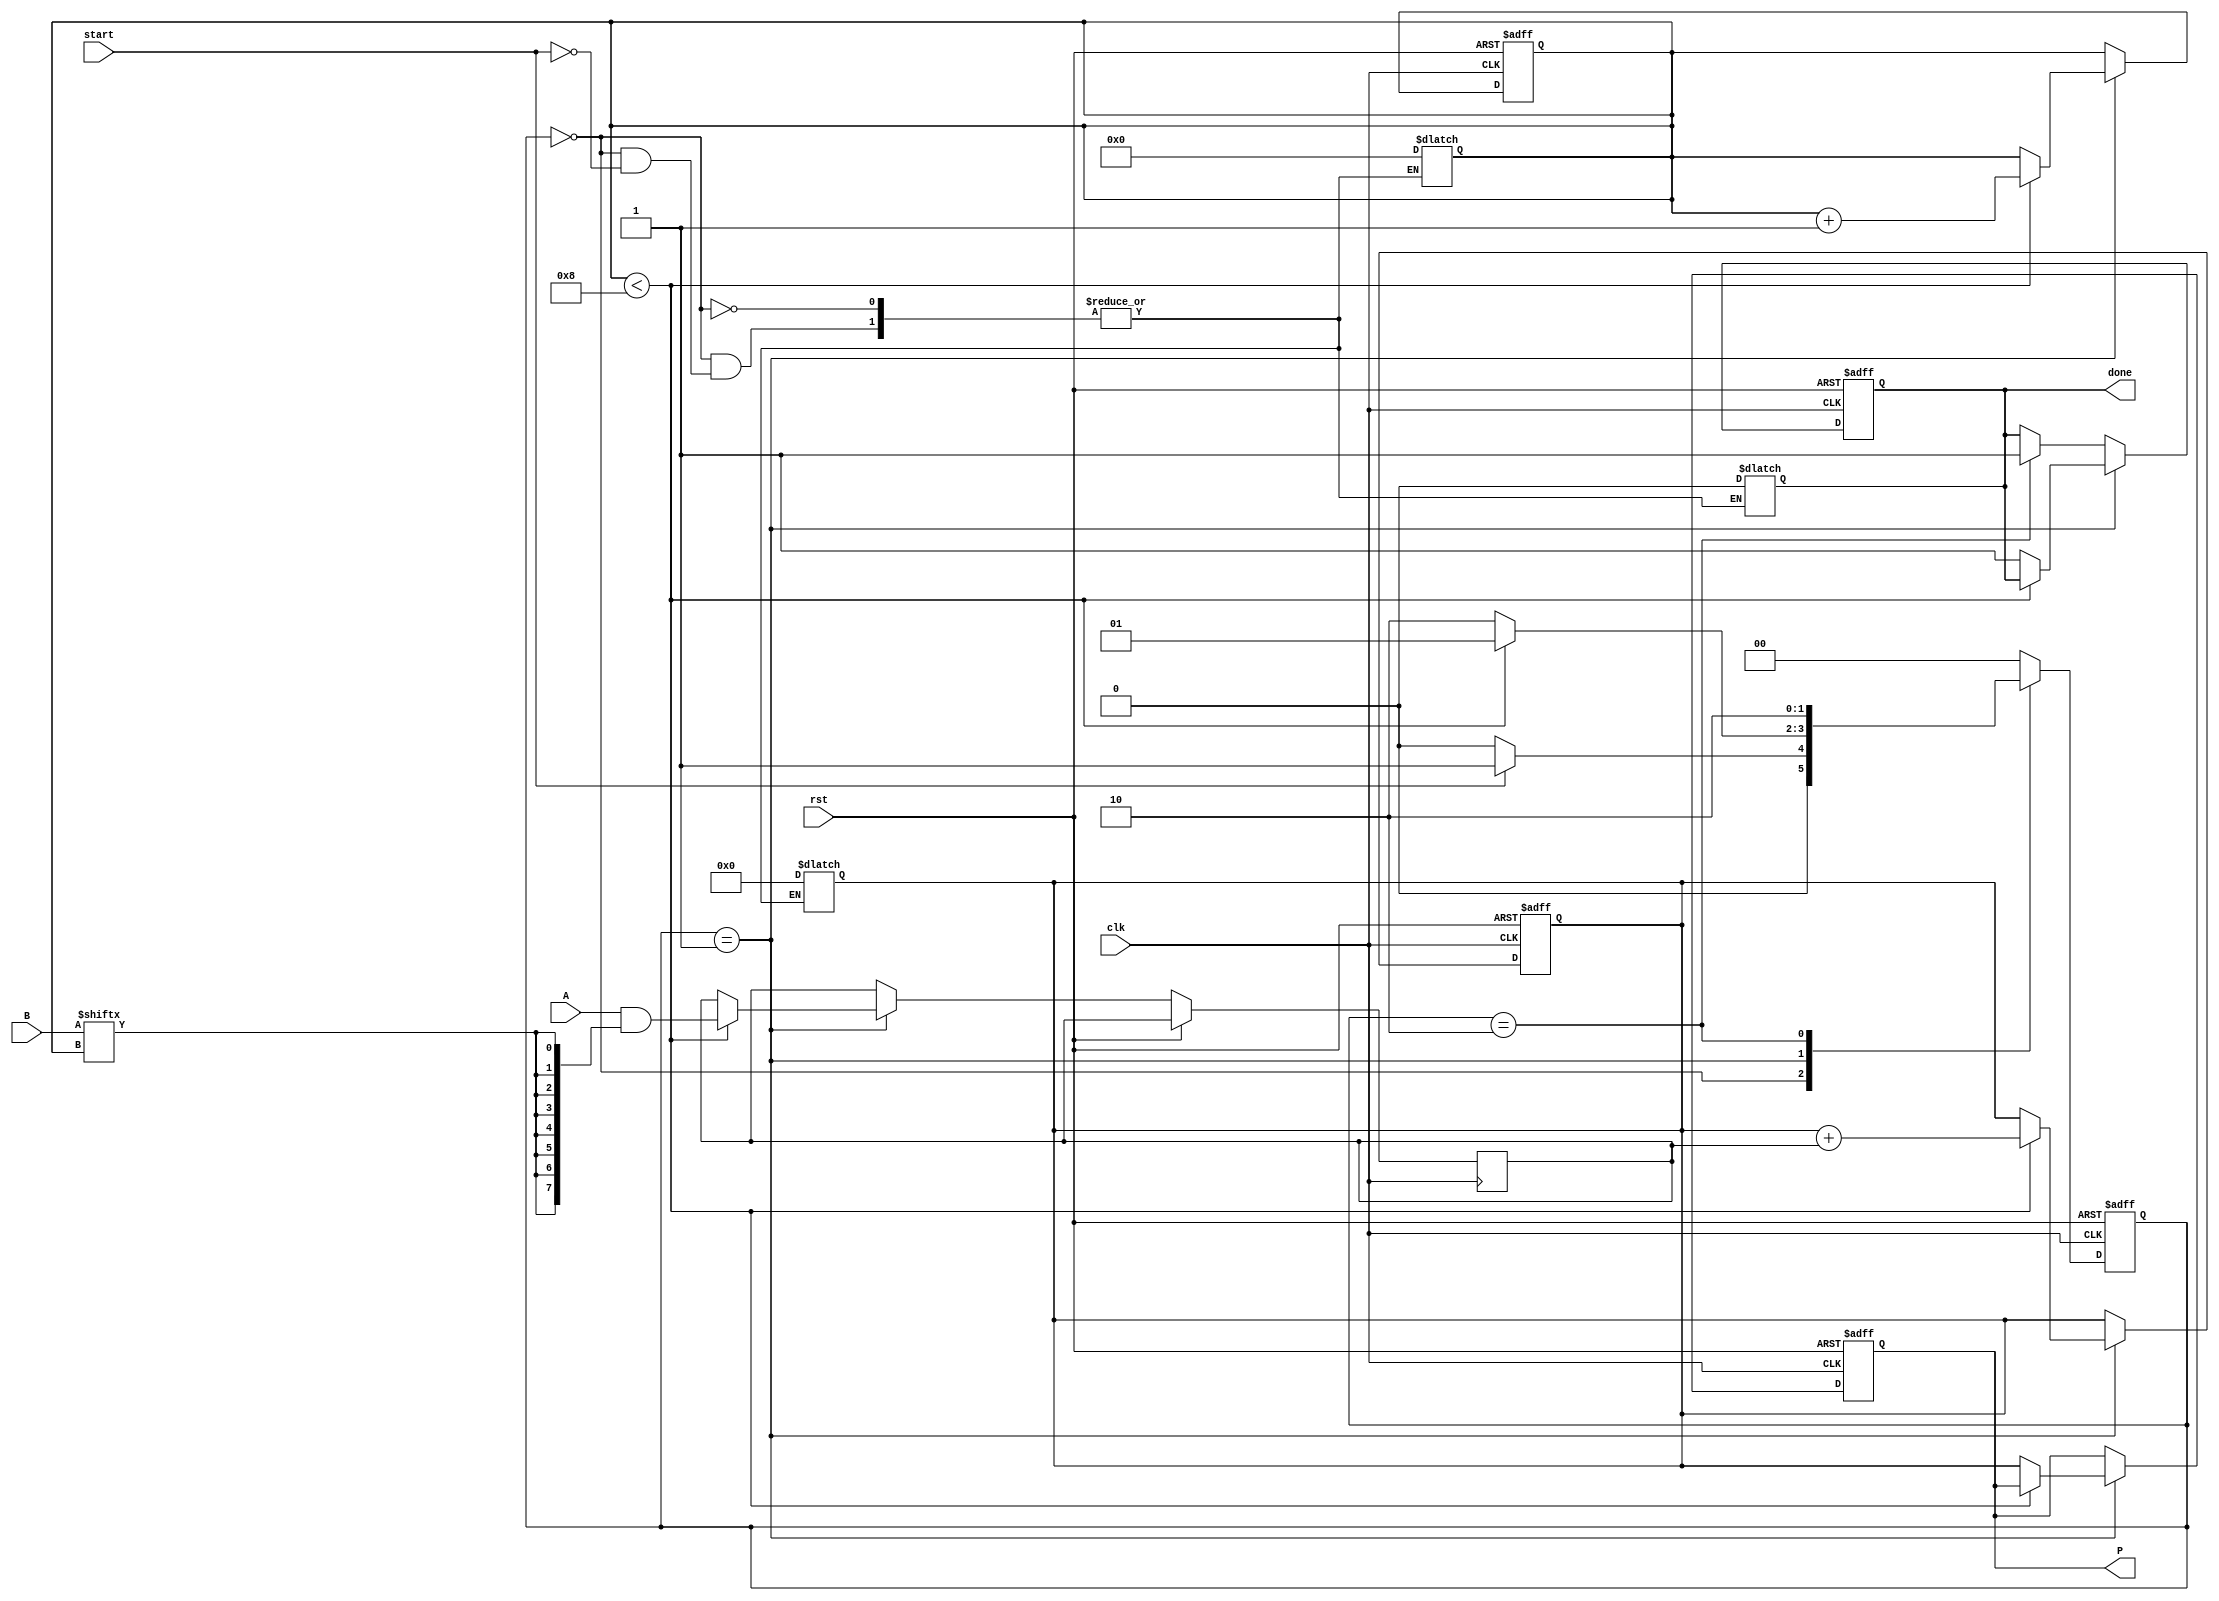
module PartialProductAccumulator #(
    parameter A_WIDTH = 8, // Width of multiplicand
    parameter B_WIDTH = 8  // Width of multiplier
)(
    input wire [A_WIDTH-1:0] A,       // Multiplicand
    input wire [B_WIDTH-1:0] B,       // Multiplier
    input wire clk,                    // Clock signal
    input wire rst,                    // Reset signal
    input wire start,                  // Start signal
    output reg [A_WIDTH + B_WIDTH - 1:0] P, // Product
    output reg done                    // Done signal
);

    reg [A_WIDTH + B_WIDTH - 1:0] accumulator; // Accumulator for partial products
    reg [3:0] count; // Counter for the number of bits processed
    reg [A_WIDTH-1:0] partial_product; // Temporary partial product

    // State machine states
    localparam IDLE = 2'b00,
               PROCESS = 2'b01,
               DONE = 2'b10;

    reg [1:0] state, next_state;

    // Sequential logic for state transition and output
    always @(posedge clk or posedge rst) begin
        if (rst) begin
            state <= IDLE;
            P <= 0;
            accumulator <= 0;
            count <= 0;
            done <= 0;
        end else begin
            state <= next_state;
            if (state == PROCESS) begin
                if (count < B_WIDTH) begin
                    // Generate partial product
                    partial_product <= A & { {A_WIDTH{B[count]} } }; // AND with current bit of B
                    accumulator <= accumulator + partial_product; // Accumulate
                    count <= count + 1; // Increment count
                end else begin
                    P <= accumulator; // Final product
                    done <= 1; // Signal done
                end
            end else if (state == DONE) begin
                done <= 1; // Keep done signal high
            end
        end
    end

    // Combinational logic for next state
    always @(*) begin
        case (state)
            IDLE: begin
                if (start) begin
                    next_state = PROCESS;
                    accumulator = 0; // Reset accumulator
                    count = 0; // Reset count
                    done = 0; // Clear done signal
                end else begin
                    next_state = IDLE;
                end
            end
            PROCESS: begin
                if (count < B_WIDTH) begin
                    next_state = PROCESS; // Continue processing
                end else begin
                    next_state = DONE; // Move to done state
                end
            end
            DONE: begin
                next_state = DONE; // Stay in done state
            end
            default: next_state = IDLE; // Default to IDLE
        endcase
    end

endmodule